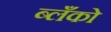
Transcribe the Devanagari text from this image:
ब्लँको